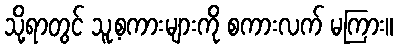
သို့ရာတွင် သူ့စကားများကို စကားလက် မကြား။